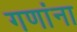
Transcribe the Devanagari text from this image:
गणांना